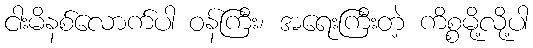
ငါးမိနစ်လောက်ပါ ဝန်ကြီး၊ အရေးကြီးတဲ့ ကိစ္စမို့လို့ပါ